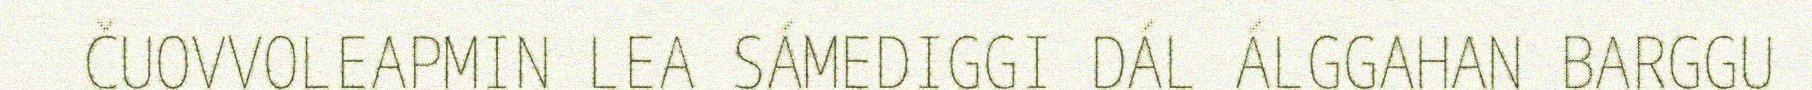
ČUOVVOLEAPMIN LEA SÁMEDIGGI DÁL ÁLGGAHAN BARGGU